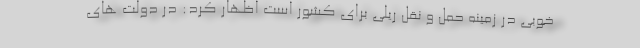
خوبی در زمینه حمل و نقل ریلی برای کشور است اظهار کرد: در دولت های